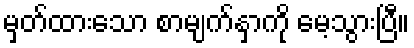
မှတ်ထားသော စာမျက်နှာကို မေ့သွားပြီ။